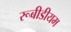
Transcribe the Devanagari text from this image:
रूबीडीयम